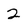
Character: 2